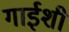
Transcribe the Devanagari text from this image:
गाईशी